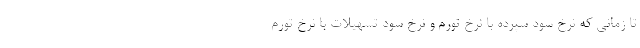
تا زمانی که نرخ سود سپرده با نرخ تورم و نرخ سود تسهیلات با نرخ تورم